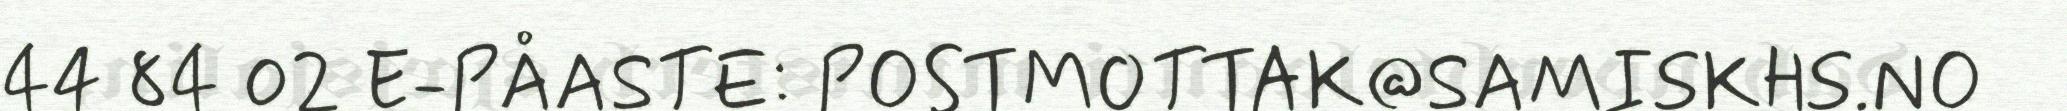
44 84 02 E-PÅASTE: POSTMOTTAK@SAMISKHS.NO